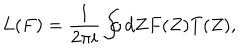
L ( F ) = \frac { 1 } { 2 \pi i } \oint d Z F ( Z ) T ( Z ) ,